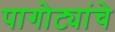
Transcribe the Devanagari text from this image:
पागोट्यांचे